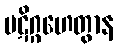
ပဋိဂ္ဂဟေတွာန